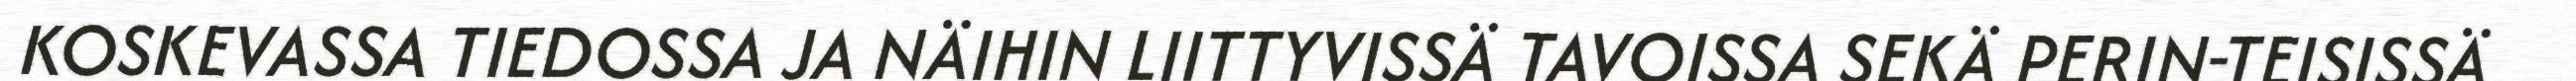
KOSKEVASSA TIEDOSSA JA NÄIHIN LIITTYVISSÄ TAVOISSA SEKÄ PERIN-TEISISSÄ